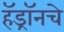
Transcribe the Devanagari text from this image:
हॅड्रॉनचे